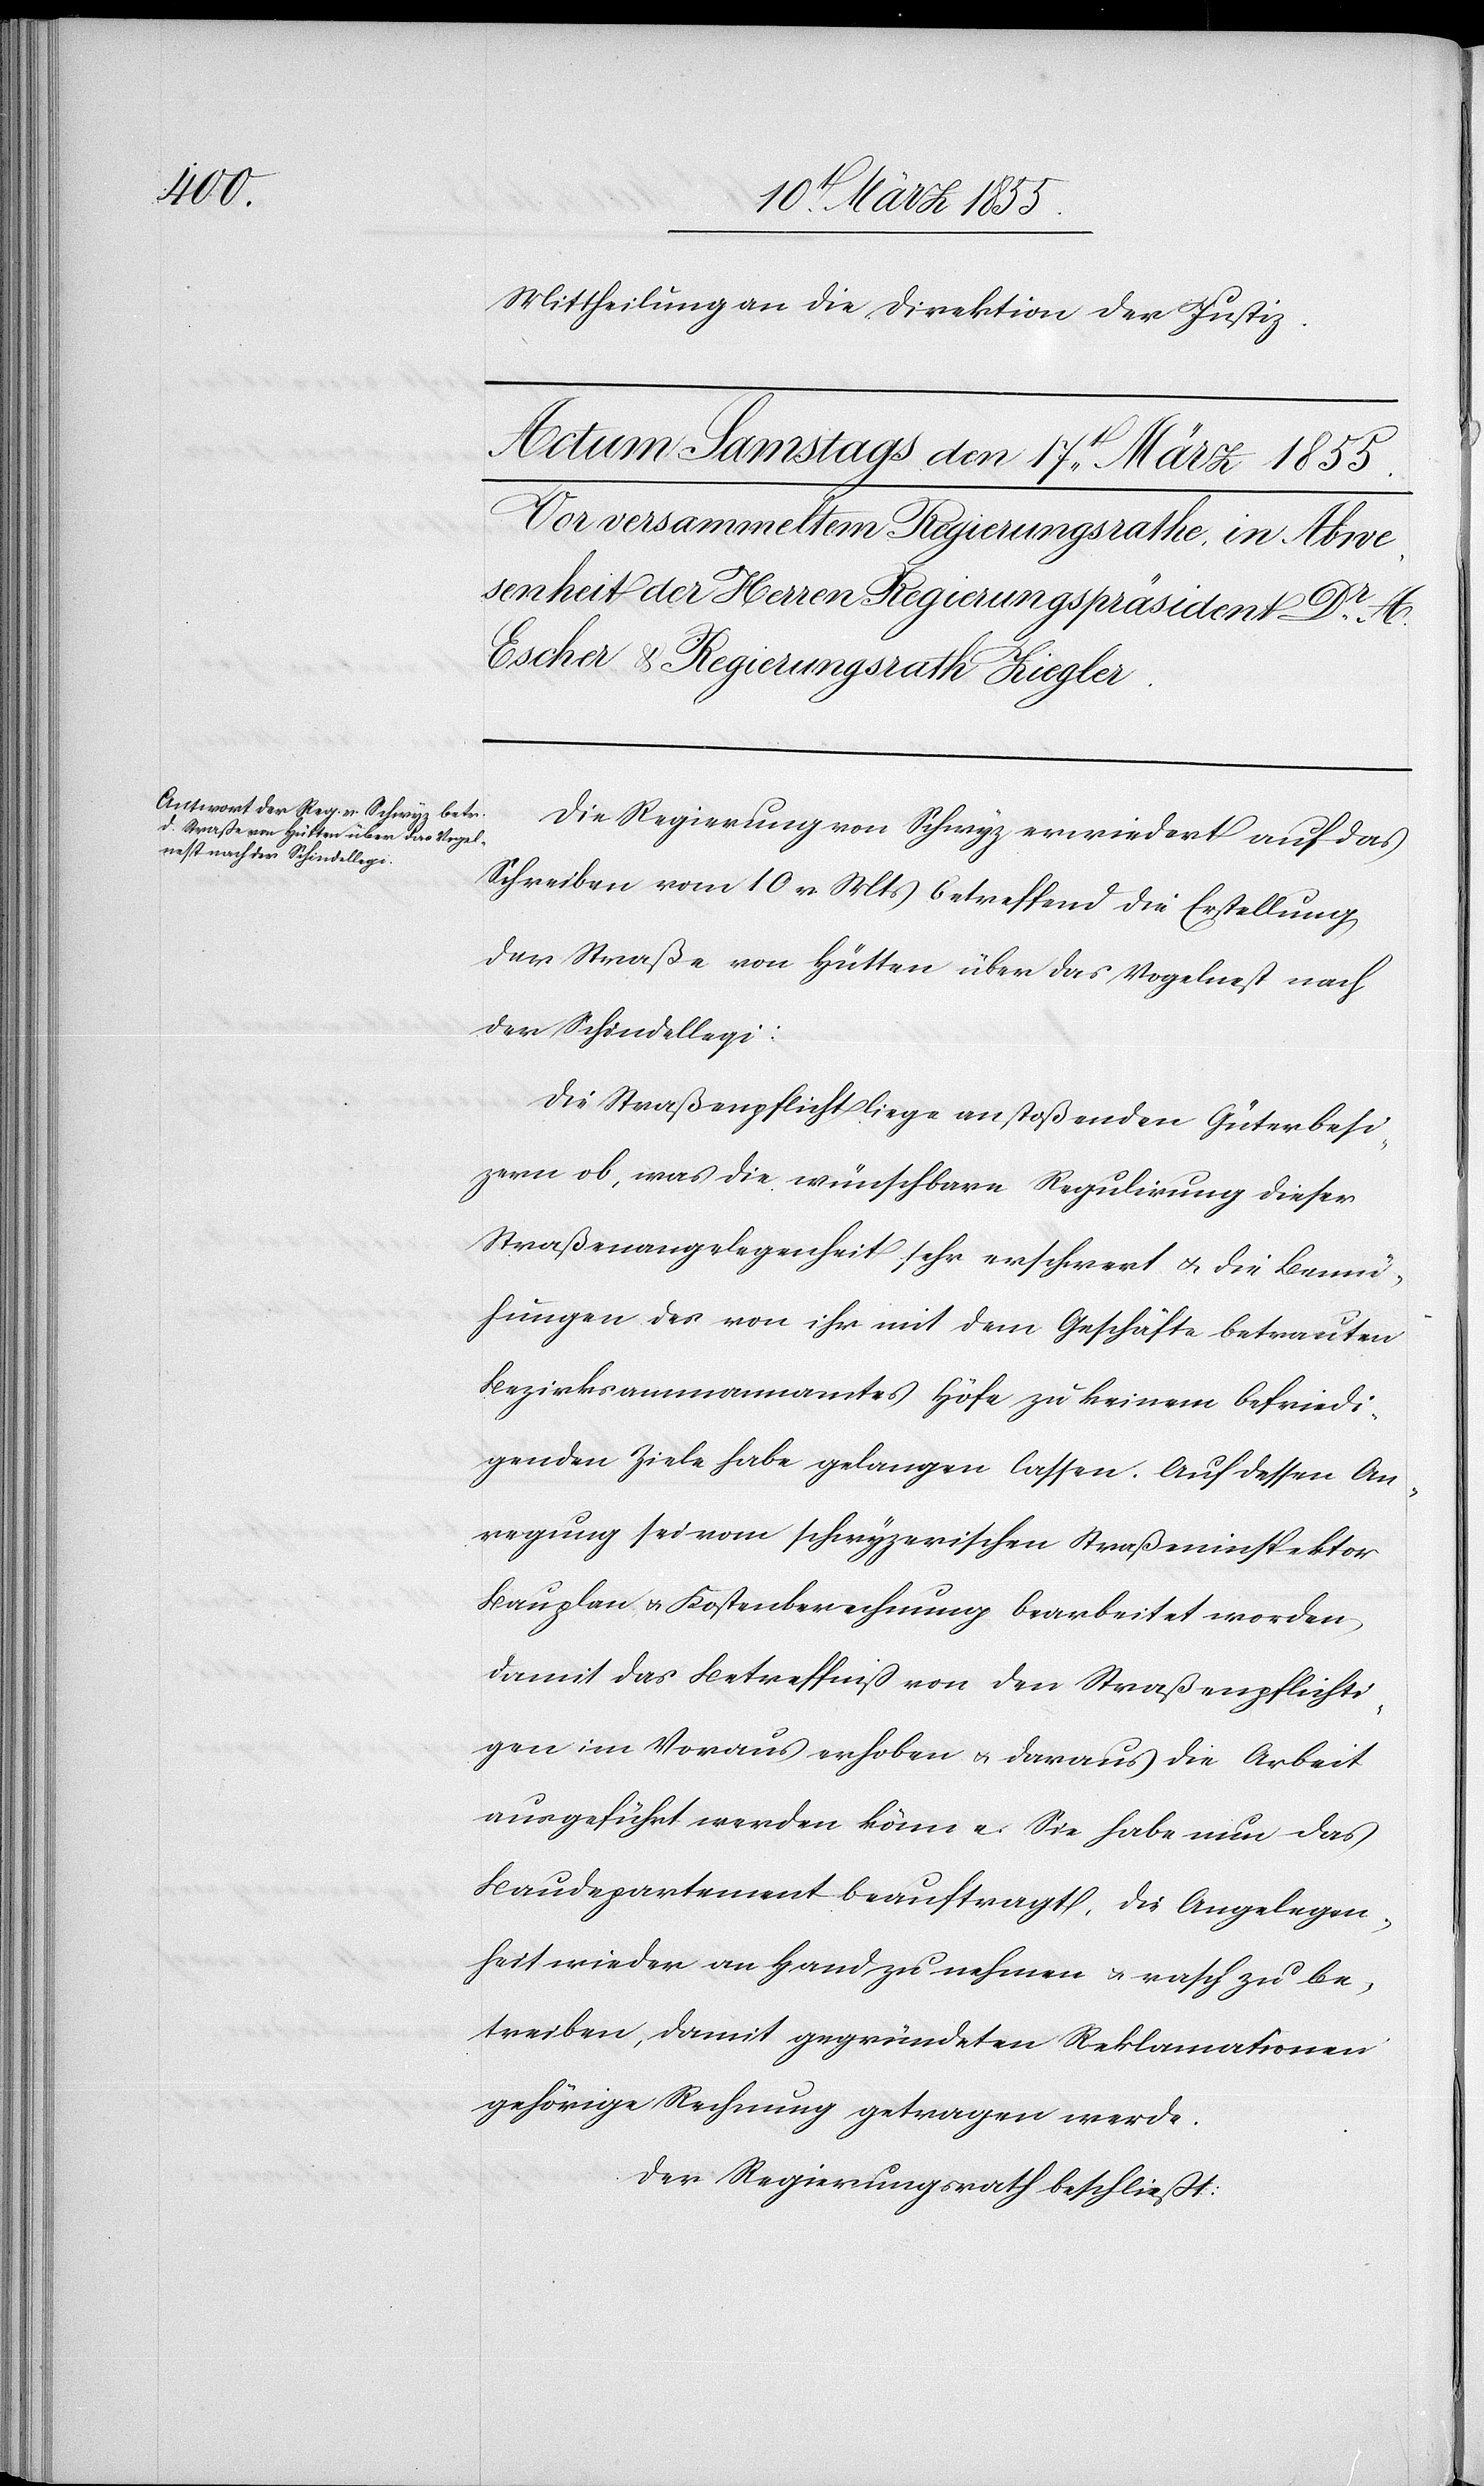
Mittheilung an die Direktion der Justiz.
Die Regierung von Schwyz erwiedert auf das
Schreiben vom 10 v. Mts betreffend die Erstellung
der Straße von Hütten über das Vogelnest nach
der Schindellegi:
Die Straßenpflicht liege anstoßenden Güterbesi[t]z¬
ern ob, was die wünschbare Regulirung dieser
Straßenangelegenheit sehr erschwert & die Bemü¬
hungen des von ihr mit dem Geschäfte betrauten
Bezirksammannamtes Höfe zu keinem befriedi¬
genden Ziele habe gelangen lassen. Auf dessen An¬
regung sei vom schwyzerischen Straßeninspektor
Bauplan & Kostenberechnung bearbeitet worden
damit das Betreffniß von den Straßenpflichti¬
gen im Voraus erhoben & daraus die Arbeit
ausgeführt werden könne. Sie habe nun das
Baudepartement beauftragt, die Angelegen¬
heit wieder an Hand zu nehmen & rasch zu be¬
treiben, damit gegründeten Reklamationen
gehörige Rechnung getragen werde.
Der Regierungsrath beschließt: